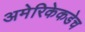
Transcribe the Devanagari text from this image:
अमेरिकेकडेच